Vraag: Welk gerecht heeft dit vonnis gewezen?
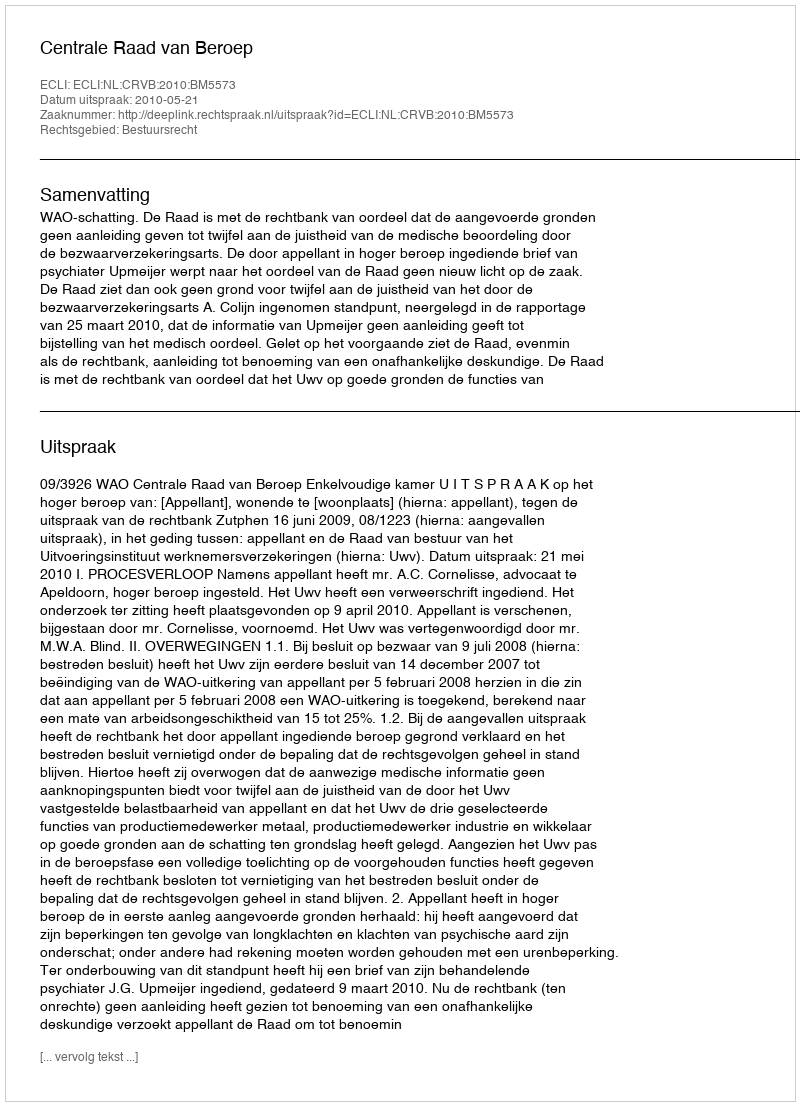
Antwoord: Centrale Raad van Beroep